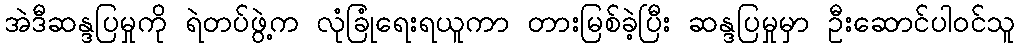
အဲဒီဆန္ဒပြမှုကို ရဲတပ်ဖွဲ့က လုံခြုံရေးရယူကာ တားမြစ်ခဲ့ပြီး ဆန္ဒပြမှုမှာ ဦးဆောင်ပါဝင်သူ